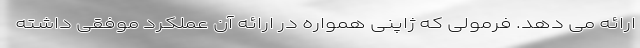
ارائه می دهد. فرمولی که ژاپنی همواره در ارائه آن عملکرد موفقی داشته